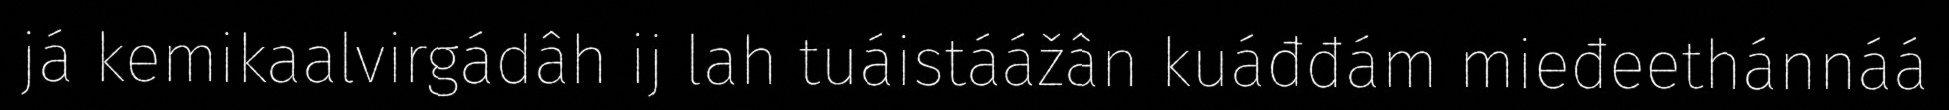
já kemikaalvirgádâh ij lah tuáistáážân kuáđđám mieđeethánnáá